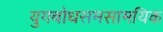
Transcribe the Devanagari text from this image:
युगबोधसमसामयिक